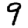
Digit: 9